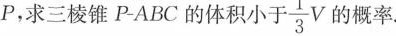
P，求三棱锥 P-ABC 的体积小于 \frac{1}{3}V 的概率.